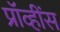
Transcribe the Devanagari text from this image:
प्रॉव्हींस